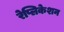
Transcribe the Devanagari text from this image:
रेप्लिकेशन